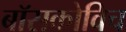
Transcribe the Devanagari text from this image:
बॉसकोविच